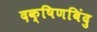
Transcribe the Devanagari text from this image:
दक्षिणबिंदु